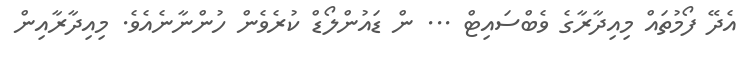
އެދޭ ފޯމުތައް މިއިދާރާގެ ވެބްސައިޓް ... ން ޑައުންލޯޑް ކުރެވެން ހުންނާނެއެވެ. މިއިދާރާއިން